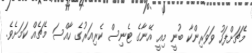
މެޗަށްފަހު ވަވަރިންކާ ބުނީ މިއީ އޭނާގެ ޓެނިސް ކެރިއަރުގެ ހާއްސަ މެޗެއް ކަމަށެވެ.